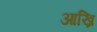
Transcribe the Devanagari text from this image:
आख्रि